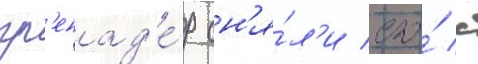
гр'енад'е́р сн'я́л'и его́ с